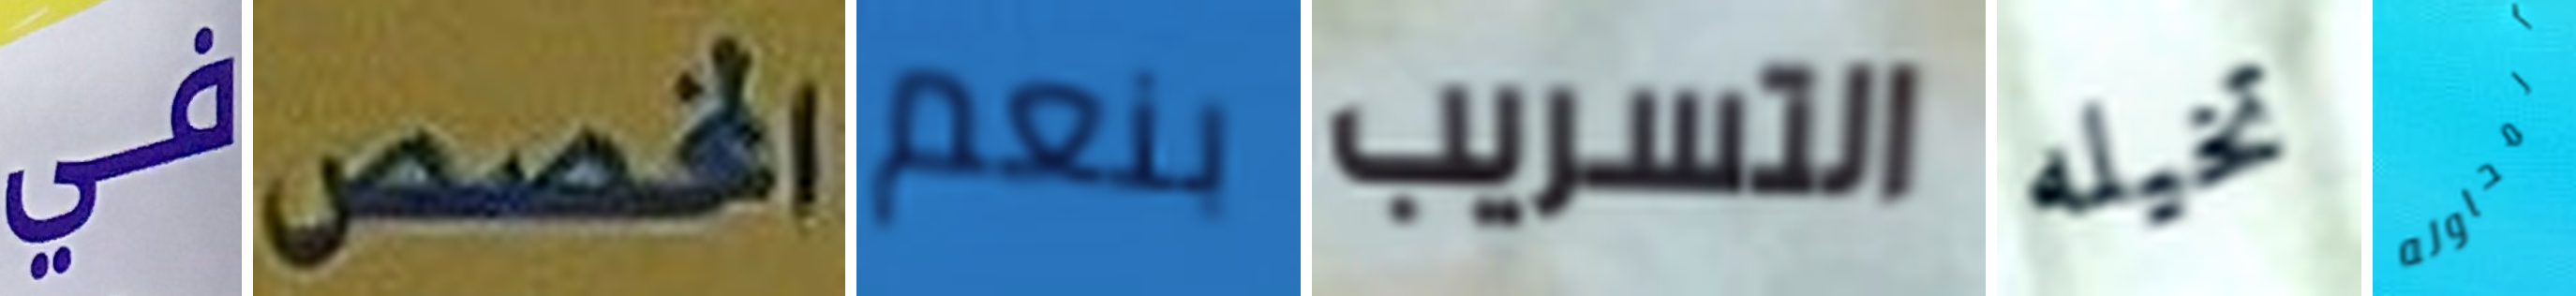
في المخصص بنعم التسريب تخيله المحاوله